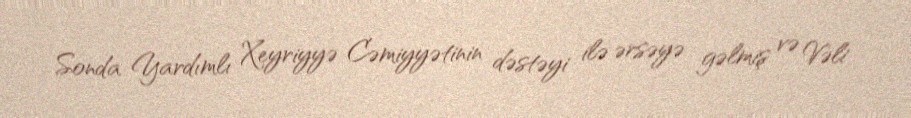
Sonda Yardımlı Xeyriyyə Cəmiyyətinin dəstəyi ilə ərsəyə gəlmiş və Vəli